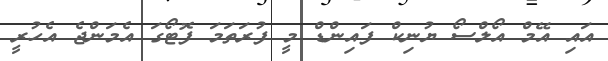
އައި އޭމް އޯލްސޯ ޔުނިކް ފައިންޑް މީ ފުރަތަމަ ފޮޓޯގަ އެމަންޖެ އެހުރީ